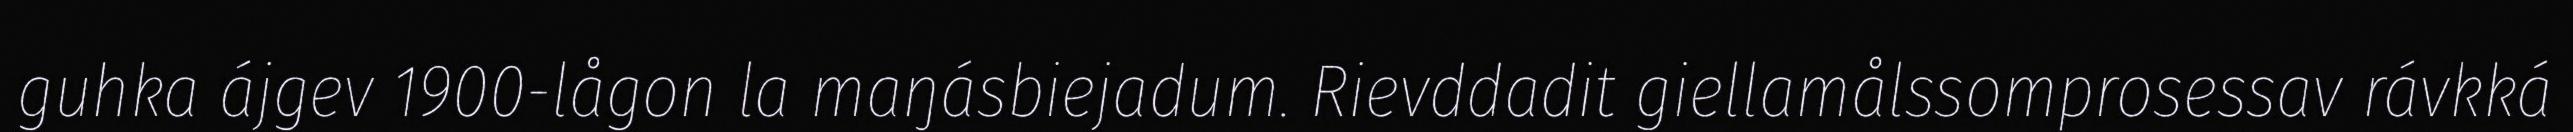
guhka ájgev 1900-lågon la maŋásbiejadum. Rievddadit giellamålssomprosessav rávkká